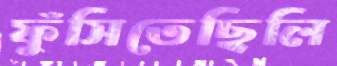
ফুঁসিতেছিলি